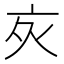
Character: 𬽆